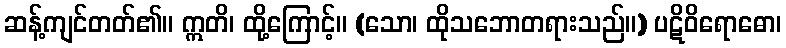
ဆန့်ကျင်တတ်၏။ ဣတိ၊ ထို့ကြောင့်။ (သော၊ ထိုသဘောတရားသည်။) ပဋိဝိရောဓော၊